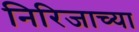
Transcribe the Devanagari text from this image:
निरिजाच्या